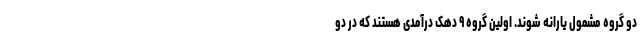
دو گروه مشمول یارانه شوند. اولین گروه ۹ دهک درآمدی هستند که در دو